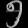
Digit: ၅